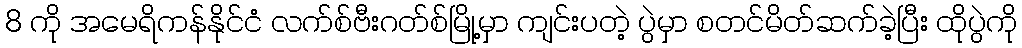
8 ကို အမေရိကန်နိုင်ငံ လက်စ်ဗီးဂတ်စ်မြို့မှာ ကျင်းပတဲ့ ပွဲမှာ စတင်မိတ်ဆက်ခဲ့ပြီး ထိုပွဲကို